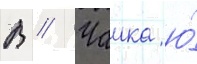
В // Чаика ю́